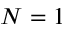
N = 1